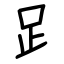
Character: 𧾷